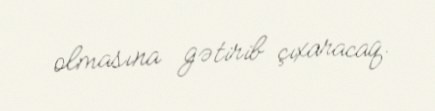
olmasına gətirib çıxaracaq.